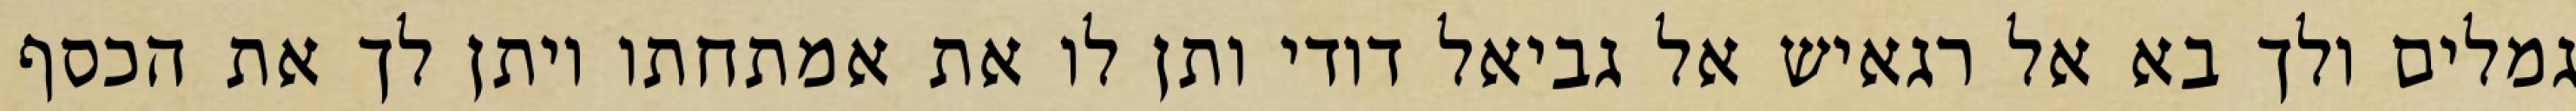
גמלים ולך בא אל רגאיש אל גביאל דודי ותן לו את אמתחתו ויתן לך את הכסף